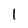
Character: 1